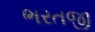
ભરતજી